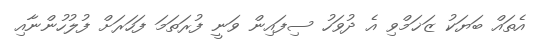
އެތައް ބަޔަކު ޒަޚަމްވި އެ ދުވަހު ސިފައިން ވަނީ ފުރަތަމަ ފަހަރަށް ފުލުހުންނާއި